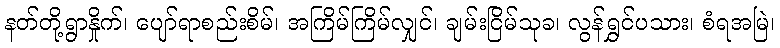
နတ်တို့ရွာနှိုက်၊ ပျော်ရာစည်းစိမ်၊ အကြိမ်ကြိမ်လျှင်၊ ချမ်းငြိမ်သုခ၊ လွန်ရွှင်ပသား၊ စံရအမြဲ၊